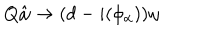
LaTeX: Q \hat { \omega } \to ( d - i ( \phi _ { \alpha } ) ) \omega